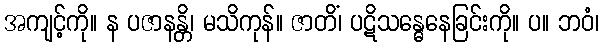
အကျင့်ကို။ န ပဇာနန္တိ၊ မသိကုန်။ ဇာတိံ၊ ပဋိသန္ဓေနေခြင်းကို။ ပ။ ဘဝံ၊